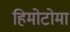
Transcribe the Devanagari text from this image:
हिमोटोमा